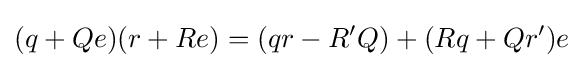
(q+Qe)(r+Re)=(qr-R'Q)+(Rq+Qr')e